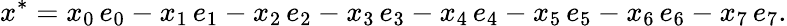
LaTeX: x^{*}=x_{0}\, e_{0}-x_{1}\, e_{1}-x_{2}\, e_{2}-x_{3}\, e_{3}-x_{4}\, e_{4}-x_{5}\, e_{5}-x_{6}\, e_{6}-x_{7}\, e_{7}.